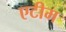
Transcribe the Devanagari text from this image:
एटीम